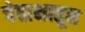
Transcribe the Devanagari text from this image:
चेताक्षातून